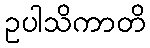
ဥပါသိကာတိ